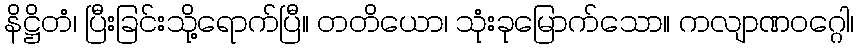
နိဋ္ဌိတံ၊ ပြီးခြင်းသို့ရောက်ပြီ။ တတိယော၊ သုံးခုမြောက်သော။ ကလျာဏဝဂ္ဂေါ၊